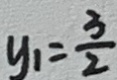
y _ { 1 } = \frac { 3 } { 2 }